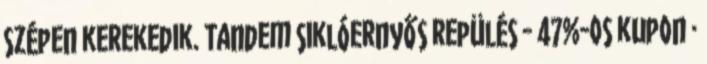
szépen kerekedik. Tandem siklóernyős repülés - 47%-os kupon ·